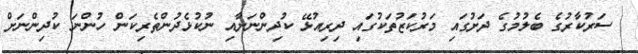
ސަރުކާރުގެ ބެލުމުގެ ދަށުގައި މަރުކަޒުތަކުގައި ދިރިއުޅޭ ކުދިންނަށާއި ނުކުޅެދުންތެރިކަން ހުންނަ ކުދިންނަށް